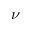
\nu